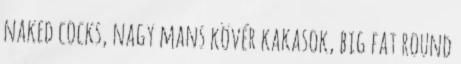
naked cocks, nagy mans kövér kakasok, big fat round